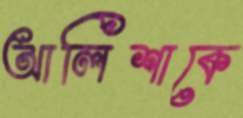
আলিশাকে